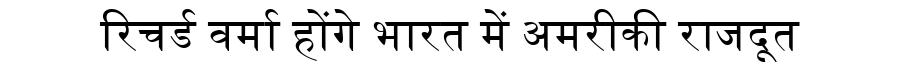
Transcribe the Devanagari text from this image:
रिचर्ड वर्मा होंगे भारत में अमरीकी राजदूत